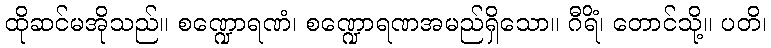
ထိုဆင်မအိုသည်။ စဏ္ဍောရဏံ၊ စဏ္ဍောရဏအမည်ရှိသော။ ဂီရိံ၊ တောင်သို့။ ပတိ၊